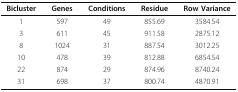
<table><thead><tr><td><b>Bicluster</b></td><td><b>Genes</b></td><td><b>Conditions</b></td><td><b>Residue</b></td><td><b>Row Variance</b></td></tr></thead><tbody><tr><td>1</td><td>597</td><td>49</td><td>855.69</td><td>3584.54</td></tr><tr><td>3</td><td>611</td><td>45</td><td>911.58</td><td>2875.12</td></tr><tr><td>8</td><td>1024</td><td>31</td><td>887.54</td><td>3012.25</td></tr><tr><td>10</td><td>478</td><td>39</td><td>812.88</td><td>6854.54</td></tr><tr><td>22</td><td>874</td><td>29</td><td>874.96</td><td>8740.24</td></tr><tr><td>31</td><td>698</td><td>37</td><td>800.74</td><td>4870.91</td></tr></tbody></table>